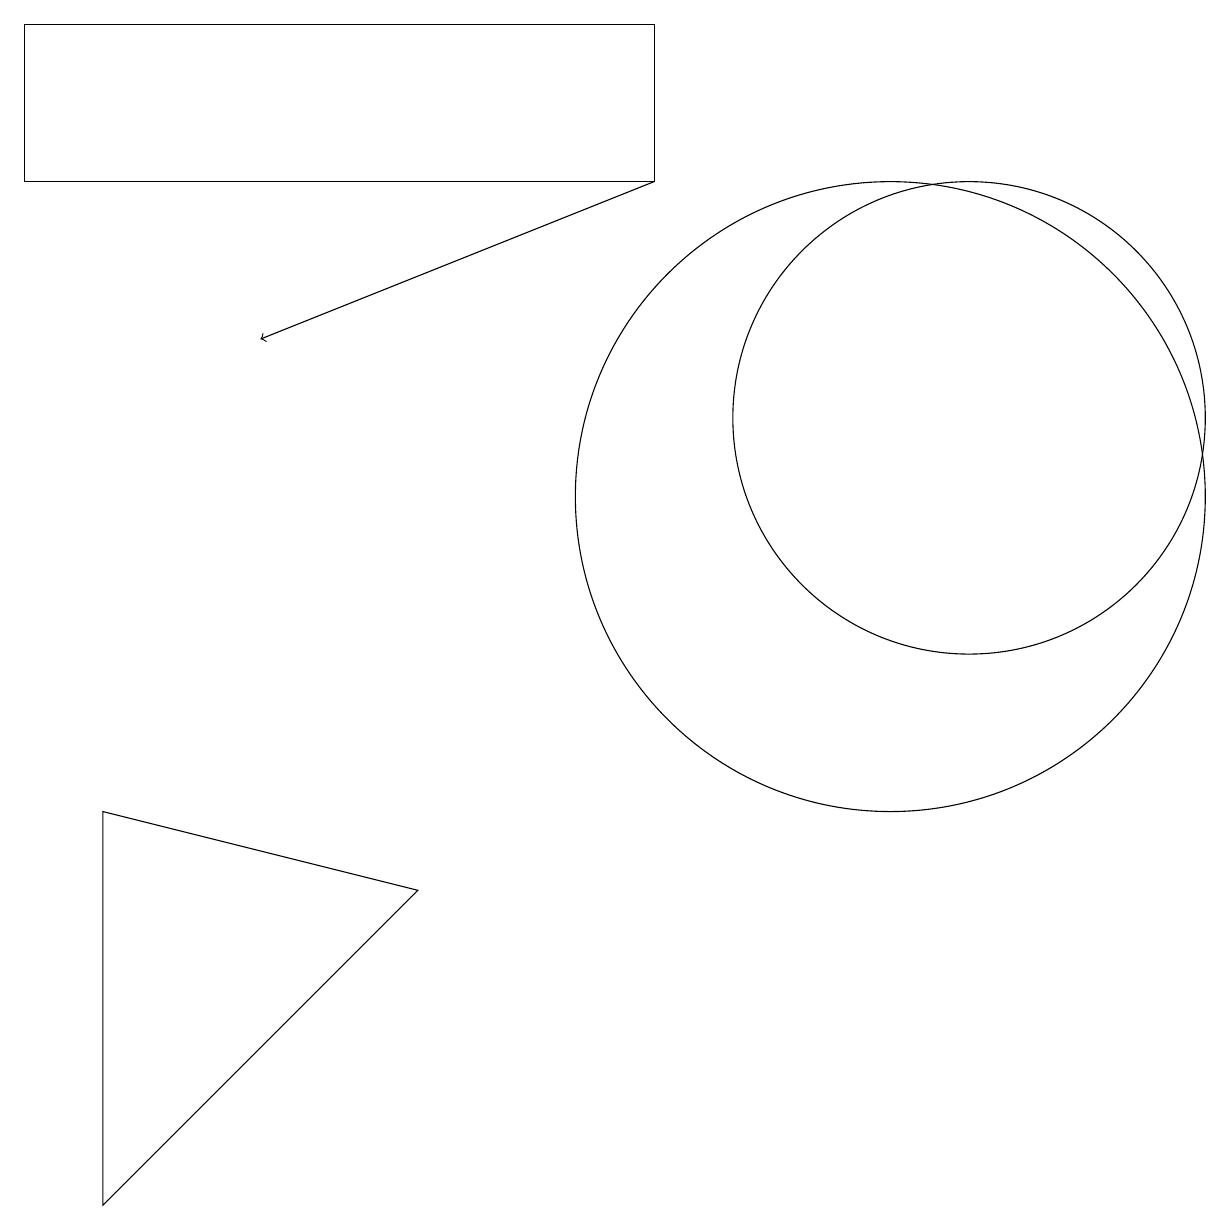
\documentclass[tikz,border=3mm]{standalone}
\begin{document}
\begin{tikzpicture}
\draw (5,5) -- (1,6) -- (1,1) -- cycle;
\draw (12,11) circle (3);
\draw (8,14) rectangle (0,16);
\draw (11,10) circle (4);
\draw[->] (8,14) -- (3,12);
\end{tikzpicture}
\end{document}